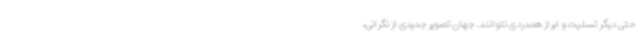
حتی دیگر تسلیت و ابراز همدردی نتوانند. جهان تصویر جدیدی از نگرانی،